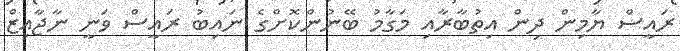
ރައީސް ޔާމިން ދިން އިތުބާރާއި މަގާމު ބޭނުންކޮށްގެ ނައިބު ރައީސް ވަނީ ނާޖާއިޒް